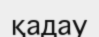
қадау